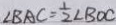
\angle B A C = \frac { 1 } { 2 } \angle B O C